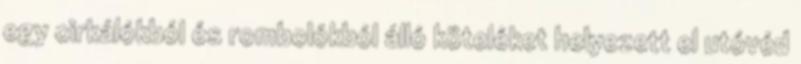
egy cirkálókból és rombolókból álló köteléket helyezett el utóvéd